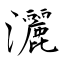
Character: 灑